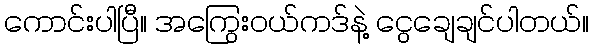
ကောင်းပါပြီ။ အကြွေးဝယ်ကဒ်နဲ့ ငွေချေချင်ပါတယ်။